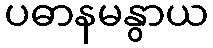
ပဓာနမနွာယ